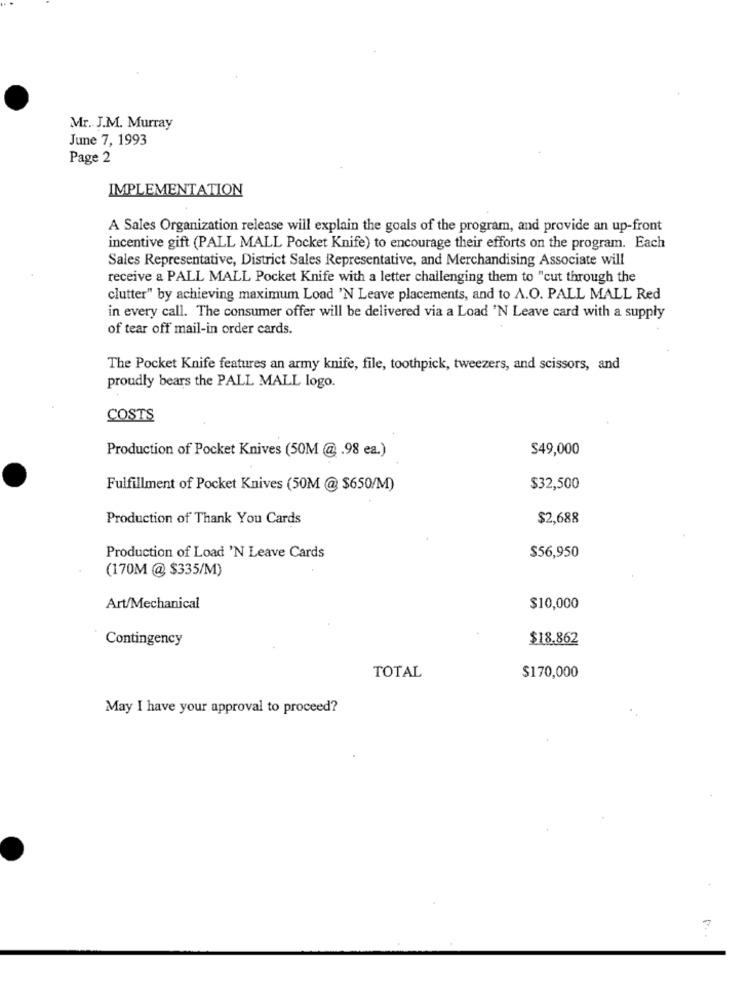
Mr. J.M. Murray
June 7, 1993
Page 2
IMPLEMENTATION
A Sales Organization release will explain the goals of the program, and provide an up-front
incentive gift (PALL MALL Pocket Knife) to encourage their efforts on the program. Each
Sales Representative, District Sales Representative, and Merchandising Associate will
receive a PALL MALL Pocket Knife with a letter challenging them to "cut through the
clutter" by achieving maximum Load 'N Leave placements, and to A.O. PALL MALL Red
in every call. The consumer offer will be delivered via a Load 'N Leave card with a supply
of tear off mail-in order cards.
The Pocket Knife features an army knife, file, toothpick, tweezers, and scissors, and
proudly bears the PALL MALL logo.
COSTS
Production of Pocket Knives (50M @.98 ea.)
S49,000
Fulfillment of Pocket Knives (50M @ $650/M)
$32,500
Production of Thank You Cards
$2,688
Production of Load 'N Leave Cards
$56,950
(170M@$335/M)
Art/Mechanical
$10,000
Contingency
$18.862
TOTAL
$170,000
May I have your approval to proceed?
3